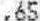
.65